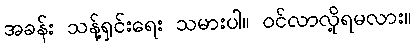
အခန်း သန့်ရှင်းရေး သမားပါ။ ဝင်လာလို့ရမလား။